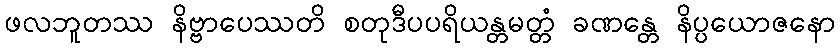
ဖလဘူတဿ နိဗ္ဗာပေဿတိ စတုဒီပပရိယန္တမတ္တံ ခဏန္တေ နိပ္ပယောဇနော